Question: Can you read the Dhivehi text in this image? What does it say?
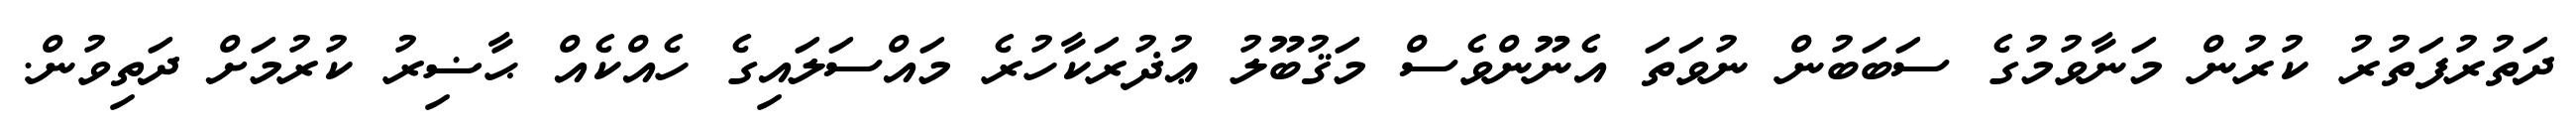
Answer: ދަތުރުފަތުރު ކުރުން މަނާވުމުގެ ސަބަބުން ނުވަތަ އެނޫންވެސް މަޤުބޫލު ޢުޛުރަކާހުރެ މައްސަލައިގެ ހެއްކެއް ޙާޟިރު ކުރުމަށް ދަތިވުން.